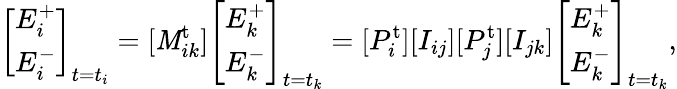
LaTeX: \left[\begin{array}{l}{E_{i}^{+}}\\ {E_{i}^{-}}\end{array}\right]_{t=t_{i}}=[\mathit{M}_{ik}^{\mathrm{{t}}}]\left[\begin{array}{l}{E_{k}^{+}}\\ {E_{k}^{-}}\end{array}\right]_{t=t_{k}}=[P_{i}^{\mathrm{{t}}}][I_{ij}][P_{j}^{\mathrm{{t}}}][I_{jk}]\left[\begin{array}{l}{E_{k}^{+}}\\ {E_{k}^{-}}\end{array}\right]_{t=t_{k}},